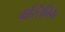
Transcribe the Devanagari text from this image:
वास्तिविक